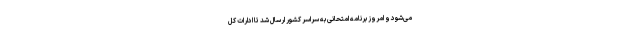
می‌شود و امروز برنامه امتحانی به سراسر کشور ارسال شد تا ادارات کل